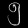
Digit: ၅